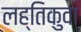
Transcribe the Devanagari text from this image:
लह्तिकुवा